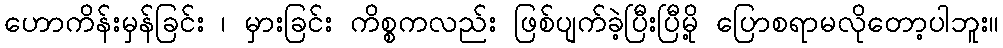
ဟောကိန်းမှန်ခြင်း ၊ မှားခြင်း ကိစ္စကလည်း ဖြစ်ပျက်ခဲ့ပြီးပြီမို့ ပြောစရာမလိုတော့ပါဘူး။